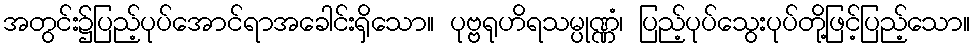
အတွင်း၌ပြည့်ပုပ်အောင်ရာအခေါင်းရှိသော။ ပုဗ္ဗရုဟိရသမ္ပုဏ္ဏံ၊ ပြည့်ပုပ်သွေးပုပ်တို့ဖြင့်ပြည့်သော။